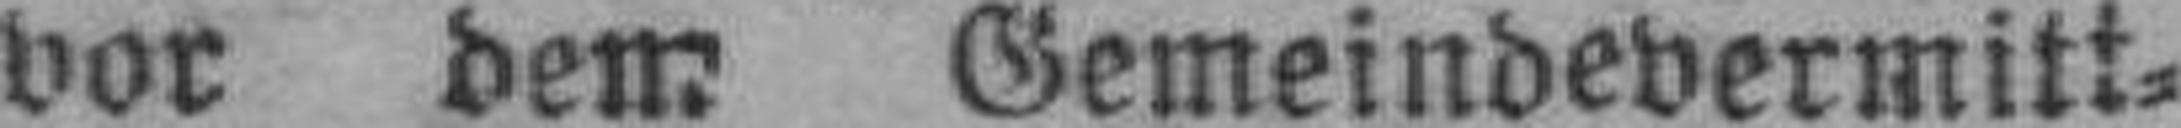
vor dem Gemeindevermitt¬